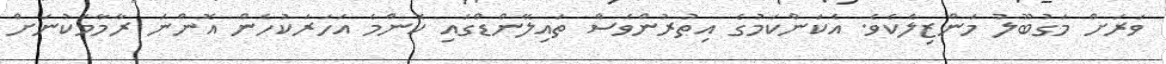
ވަރަށް މަގުބޫލު މަންޒިލެކެވެ. އެކަންކަމުގެ އިތުރުންވެސް ތައިލޭންޑްގައި ކޮންމެ އަހަރަކުހެން އޮންނަ ރާމާމަކުނަށް